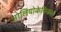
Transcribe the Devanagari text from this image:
ओलियोकेमिकल